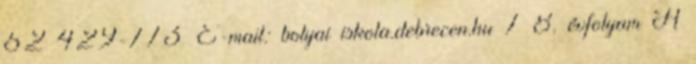
52 429-773 E-mail: bolyai iskola.debrecen.hu 7 8. évfolyam A